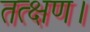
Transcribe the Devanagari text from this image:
तत्क्षण।